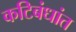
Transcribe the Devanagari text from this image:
कटिबंधांत